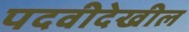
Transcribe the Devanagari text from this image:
पदवीदेखील